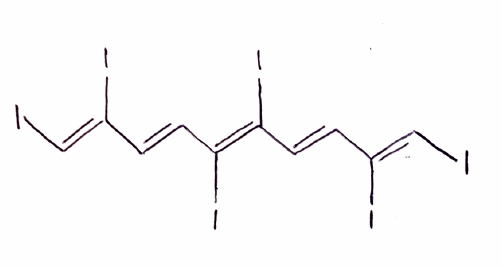
Simplified molecular-input line-entry system (SMILES) notation of the given molecule:
C(=C/C(=C(\I)/C=C/C(=C/I)/I)/I)\C(=C\I)\I